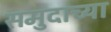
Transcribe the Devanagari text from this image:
समुदाच्या